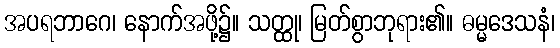
အပရဘာဂေ၊ နောက်အဖို့၌။ သတ္ထု၊ မြတ်စွာဘုရား၏။ ဓမ္မဒေသနံ၊